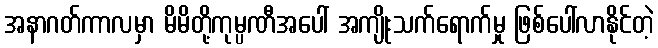
အနာဂတ်ကာလမှာ မိမိတို့ကုမ္ပဏီအပေါ် အကျိုးသက်ရောက်မှု ဖြစ်ပေါ်လာနိုင်တဲ့